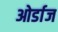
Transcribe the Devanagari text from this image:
ओर्डाज